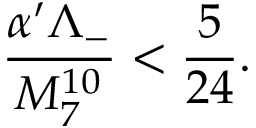
\frac { \alpha ^ { \prime } \Lambda _ { - } } { M _ { 7 } ^ { 1 0 } } < \frac { 5 } { 2 4 } .